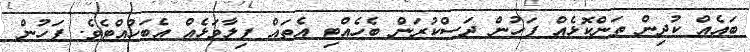
ބައެއް ކުދިން ތަންކޮޅެއް ފަހުން ދަސްކުރަން ބެހެއްޓި އެތައް ފިލާވަޅެއް އެބަހުއްޓެވެ. ފަހުން